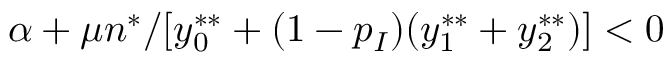
\alpha + \mu n ^ { * } / [ y _ { 0 } ^ { * * } + ( 1 - p _ { I } ) ( y _ { 1 } ^ { * * } + y _ { 2 } ^ { * * } ) ] < 0